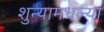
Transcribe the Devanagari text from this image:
शुन्यामधल्या